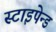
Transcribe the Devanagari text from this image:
स्टाइपेन्ड